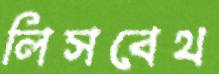
লিসবেথ